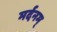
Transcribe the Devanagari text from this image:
मर्दनम्